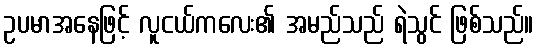
ဥပမာအနေဖြင့် လူငယ်ကလေး၏ အမည်သည် ရဲသွင် ဖြစ်သည်။